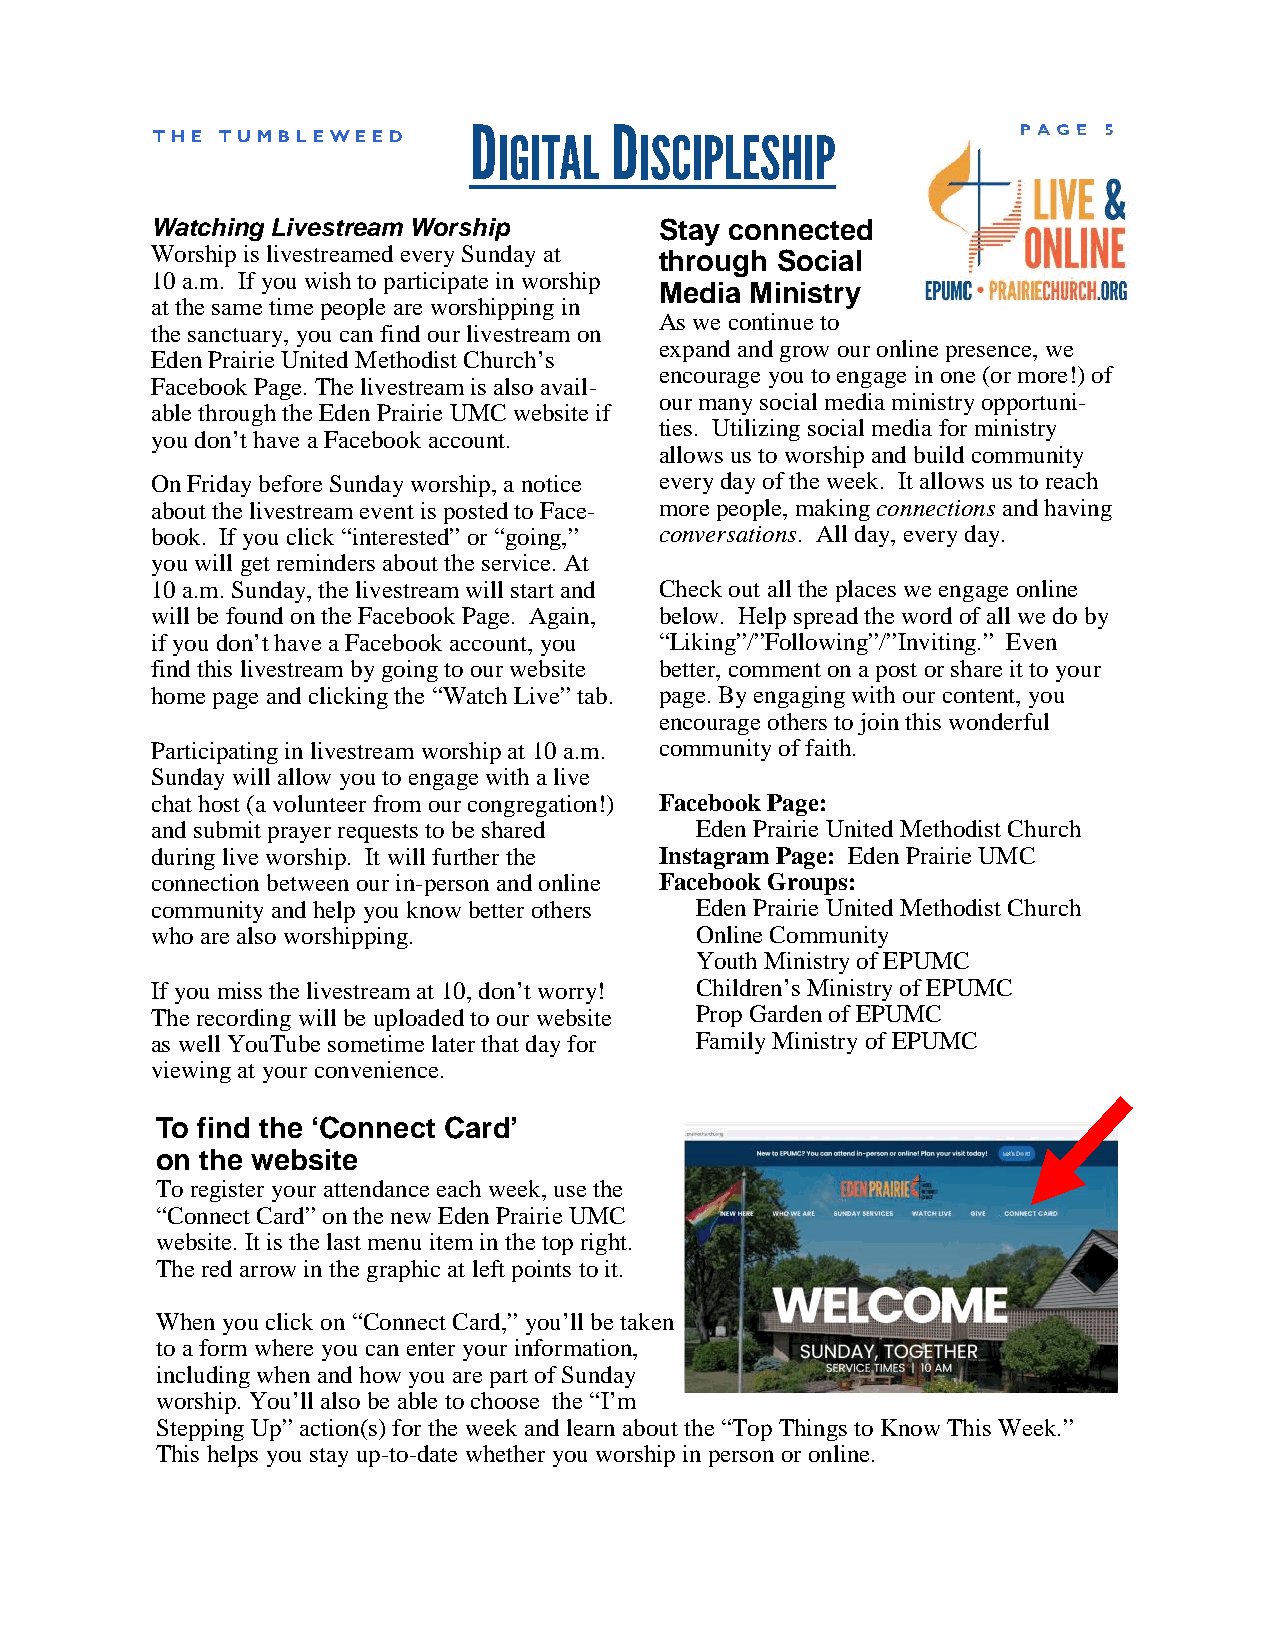
TH E TUMB LE WE ED   D IGITAL D ISCIPLESHIP              P AGE 5
 Watching Livestream Worship       Stay connected
 Worship is livestreamed every Sunday at
 through Social
 10 a.m. If you wish to participate in worship
 Media Ministry
 at the same time people are worshipping in
 As we continue to
 the sanctuary, you can find our livestream on
 expand and grow our online presence, we
 Eden Prairie United Methodist Church’s
 encourage you to engage in one (or more!) of
 Facebook Page. The livestream is also avail-
 our many social media ministry opportuni-
 able through the Eden Prairie UMC website if
 ties. Utilizing social media for ministry
 you don’t have a Facebook account.
 allows us to worship and build community
 On Friday before Sunday worship, a notice every day of the week. It allows us to reach
 about the livestream event is posted to Face- more people, makingconnections and having
 book. If you click “interested”or “going,” conversations. All day, every day.
 you will get reminders about the service. At
 10 a.m. Sunday, the livestream will start and Check out all the places we engage online
 will be found on the Facebook Page. Again, below. Help spread the word of all we do by
 if you don’t have a Facebook account, you “Liking”/”Following”/”Inviting.” Even
 find this livestream by going to our website better, comment on a post or share it to your
 home page and clicking the “Watch Live”tab. page. By engaging with our content, you
 encourage others to join this wonderful
 Participating in livestream worship at 10 a.m. community of faith. FREE App for iPhone, iPad
 & Android
 Sunday will allow you to engage with a live
 chat host (a volunteer from our congregation!) Facebook Page:
 and submit prayer requests to be shared Eden Prairie United Methodist Church
 during live worship. It will further the Instagram Page: Eden Prairie UMC
 connection between our in-person and online Facebook Groups:
 community and help you know better others Eden Prairie United Methodist Church
 who are also worshipping.           Online Community
 Youth Ministry of EPUMC
 If you miss the livestream at 10, don’t worry! Children’s Ministry of EPUMC
 The recording will be uploaded to our website Prop Garden of EPUMC
 as well YouTube sometime later that day for Family Ministry of EPUMC
 viewing at your convenience.
 To find the ‘Connect Card’
 on the website
 To register your attendance each week, use the
 “Connect Card”on the new Eden Prairie UMC
 website. It is the last menu item in the top right.
 The red arrow in the graphic at left points to it.
 When you click on “Connect Card,” you’ll be taken
 to a form where you can enter your information,
 including when and how you are part of Sunday
 worship. You’ll also be able to choose the “I’m
 Stepping Up” action(s) for the week and learn about the “Top Things to Know This Week.”
 This helps you stay up-to-date whether you worship in person or online.